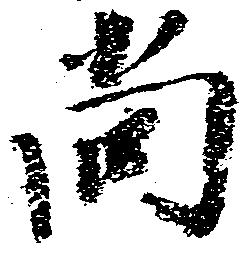
尚